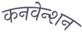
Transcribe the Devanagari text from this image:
कनवेन्शन